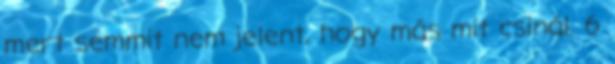
mert semmit nem jelent, hogy más mit csinál. 6